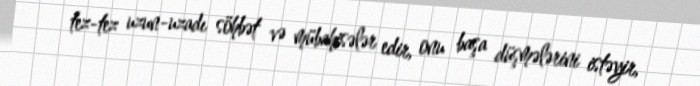
tez-tez uzun-uzadı söhbət və mübahisələr edir, onu başa düşmələrini istəyir,